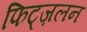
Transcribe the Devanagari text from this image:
फिट्ज़लन